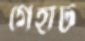
গেহার্ট